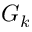
G _ { k }